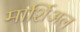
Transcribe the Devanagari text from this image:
मार्शिअल